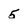
Character: 5